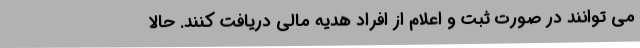
می توانند در صورت ثبت و اعلام از افراد هدیه مالی دریافت کنند. حالا